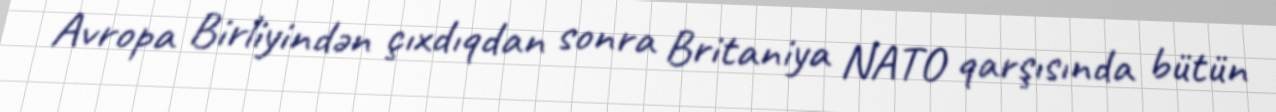
Avropa Birliyindən çıxdıqdan sonra Britaniya NATO qarşısında bütün